Preliminary report on a parasite found in persons suffering from enlargement of the spleen in India - Number 8
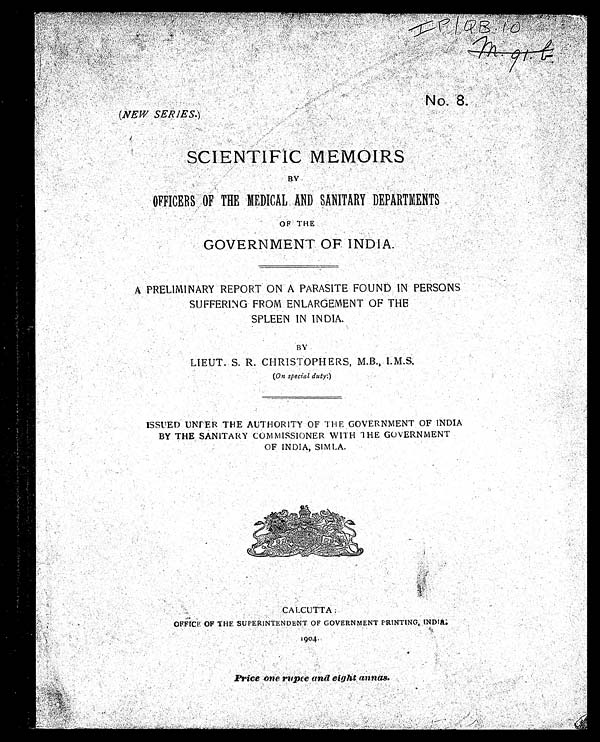
I p / Q B 1 0
m 9 1 b
No. 8.
(NEW SERIES.)
SCIENTIFIC MEMOIRS
BY
OFFICERS OF THE MEDICAL AND SANITARY DEPARTMENTS
OF THE
GOVERNMENT OF INDIA.
A PRELIMINARY REPORT ON A PARASITE FOUND IN PERSONS
SUFFERING FROM ENLARGEMENT OF THE
SPLEEN IN INDIA.
BY
LIEUT. S. R. CHRISTOPHERS, M.B., I. M. S.
( On special duty )
ISSUED UNDER THE AUTHORITY OF THE GOVERNMENT OF INDIA
BY THE SANITARY COMMISSIONER WITH THE GOVERNMENT
OF INDIA, SIMLA.
CALCUTTA
OFFI C OF THE SUPERI NTENDENT OF GOVERNMENT PRI NTI NG, I NDI A
1904.
Price one rupee and eight annas.